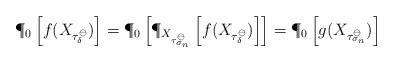
LaTeX: \begin{align*}\P_{0}\left[f(X_{\tau^{\ominus}_{\delta}})\right]=\P_{0}\left[\P_{X_{\tau^{\ominus}_{\sigma_{n}}}}\left[f(X_{\tau^{\ominus}_{\delta}})\right]\right]=\P_{0}\left[g(X_{\tau^{\ominus}_{\sigma_{n}}})\right]\end{align*}